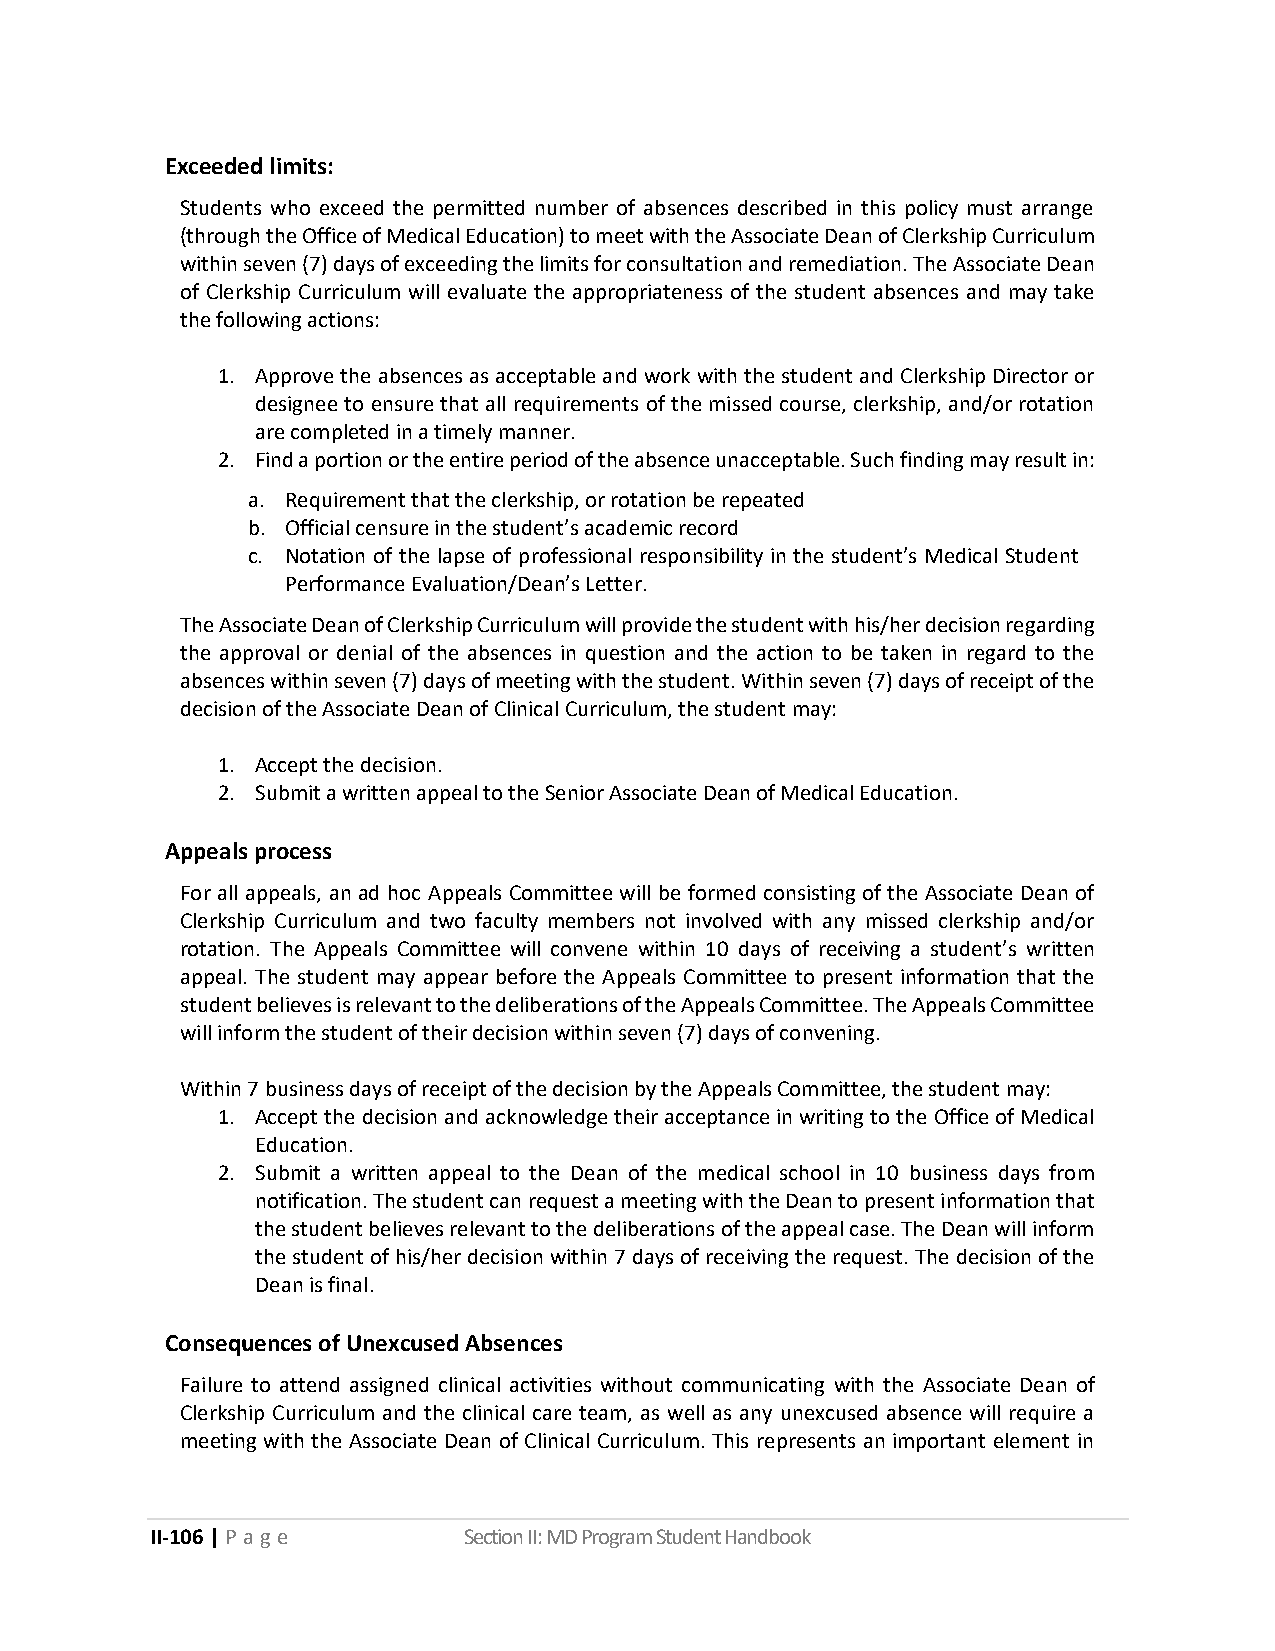
Exceeded limits:
 Students who exceed the permitted number of absences described in this policy must arrange
 (through the Office of Medical Education) to meet with the Associate Dean of Clerkship Curriculum
 within seven (7) days of exceeding the limits for consultation and remediation. The Associate Dean
 of Clerkship Curriculum will evaluate the appropriateness of the student absences and may take
 the following actions:
 1. Approve the absences as acceptable and work with the student and Clerkship Director or
 designee to ensure that all requirements of the missed course, clerkship, and/or rotation
 are completed in a timely manner.
 2. Find a portion or the entire period of the absence unacceptable. Such finding may result in:
 a. Requirement that the clerkship, or rotation be repeated
 b. Official censure in the student’s academic record
 c. Notation of the lapse of professional responsibility in the student’s Medical Student
 Performance Evaluation/Dean’s Letter.
 The Associate Dean of Clerkship Curriculum will provide the student with his/her decision regarding
 the approval or denial of the absences in question and the action to be taken in regard to the
 absences within seven (7) days of meeting with the student. Within seven (7) days of receipt of the
 decision of the Associate Dean of Clinical Curriculum, the student may:
 1. Accept the decision.
 2. Submit a written appeal to the Senior Associate Dean of Medical Education.
 Appeals process
 For all appeals, an ad hoc Appeals Committee will be formed consisting of the Associate Dean of
 Clerkship Curriculum and two faculty members not involved with any missed clerkship and/or
 rotation. The Appeals Committee will convene within 10 days of receiving a student’s written
 appeal. The student may appear before the Appeals Committee to present information that the
 student believes is relevant to the deliberations of the Appeals Committee. The Appeals Committee
 will inform the student of their decision within seven (7) days of convening.
 Within 7 business days of receipt of the decision by the Appeals Committee, the student may:
 1. Accept the decision and acknowledge their acceptance in writing to the Office of Medical
 Education.
 2. Submit a written appeal to the Dean of the medical school in 10 business days from
 notification. The student can request a meeting with the Dean to present information that
 the student believes relevant to the deliberations of the appeal case. The Dean will inform
 the student of his/her decision within 7 days of receiving the request. The decision of the
 Dean is final.
 Consequences of Unexcused Absences
 Failure to attend assigned clinical activities without communicating with the Associate Dean of
 Clerkship Curriculum and the clinical care team, as well as any unexcused absence will require a
 meeting with the Associate Dean of Clinical Curriculum. This represents an important element in
 II-106 | P a ge      Section II: MD Program Student Handbook